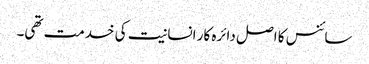
سائنس کا اصل دائرہ کار انسانیت کی خدمت تھی۔